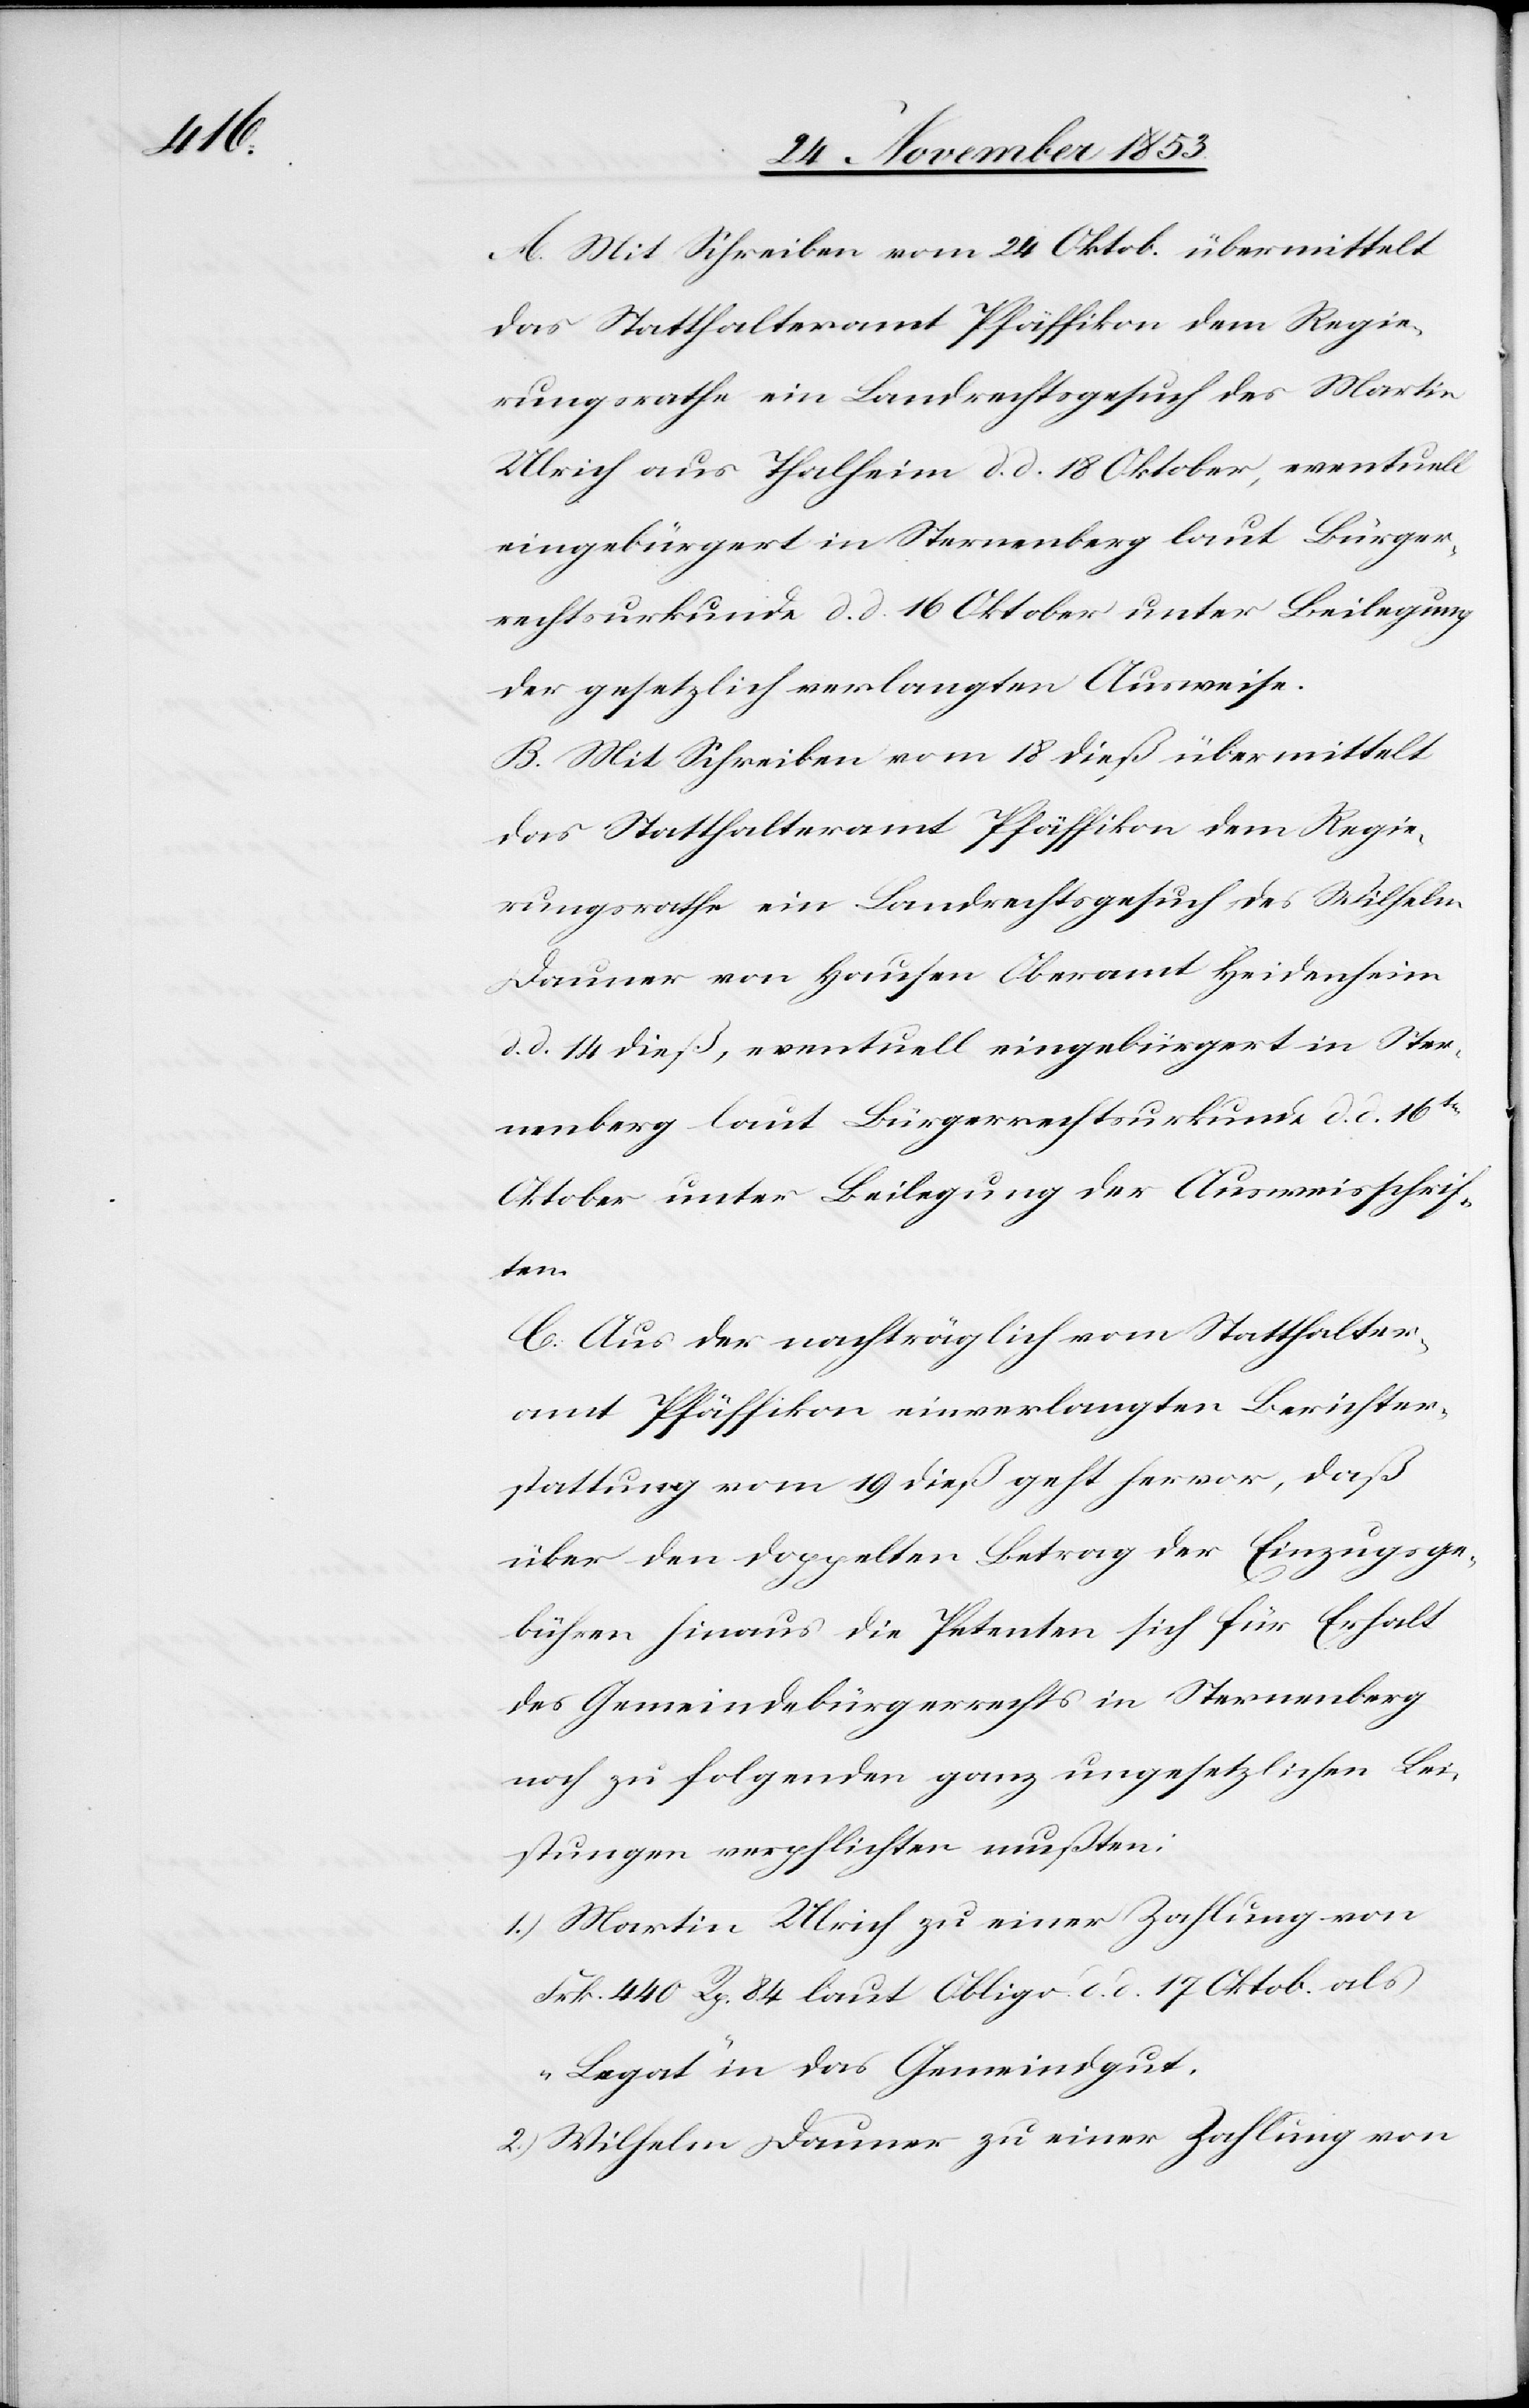
A. Mit Schreiben vom 24 Oktob. übermittelt
das Statthalteramt Pfäffikon dem Regie¬
rungsrathe ein Landrechtsgesuch des Martin
Ulrich aus Thalheim d. d. 18 Oktober, eventuell
eingebürgert in Sternenberg laut Bürger¬
rechtsurkunde d. d. 16 Oktober unter Beilegung
der gesetzlich verlangten Ausweise.
B. Mit Schreiben vom 18 dieß übermittelt
das Statthalteramt Pfäffikon dem Regie¬
rungsrathe ein Landrechtsgesuch des Wilhelm
Dauner von Hausen Oberamt Heidenheim
d. d. 14 dieß, eventuell eingebürgert in Ster¬
nenberg laut Bürgerrechtsurkunde d. d. 16ten
Oktober unter Beilegung der Ausweisschrif¬
ten.
C. Aus der nachträglich vom Statthalter¬
amt Pfäffikon einverlangten Berichter¬
stattung vom 19 dieß geht hervor, daß
über den doppelten Betrag der Einzugsge¬
bühren hinaus die Petenten sich für Erhalt
des Gemeindsbürgerrechts in Sternenberg
noch in folgenden ganz ungesetzlichen Lei¬
stungen verpflichten mußten:
1) Martin Ulrich zu einer Zahlung von
Frk. 440 Rp. 84 laut Obligo d. d. 17 Oktob. als
„Legat“ in das Gemeindgut.
2) Wilhelm Dauner zu einer Zahlung von